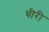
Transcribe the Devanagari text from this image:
धीरी